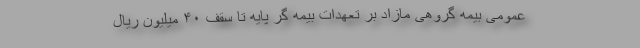
عمومی بیمه گروهی مازاد بر تعهدات بیمه­ گر پایه تا سقف ۴۰ میلیون ریال